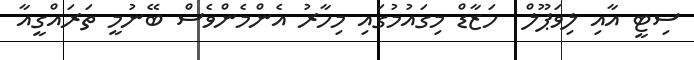
ސިޓީ އާއި ލިވަޕޫލް  ހަޒާޑް މިގައުމުގައި މިހާރު އެންމެންވެސް ބޭނުމީ ތަރައްގީއާ